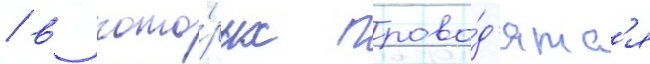
/ в кото́рых прово́д'ятс'я